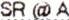
SR @ A